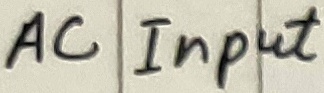
Text: AC Input